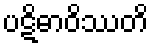
ပဋိဓာဝိဿတိ